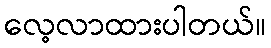
လေ့လာထားပါတယ်။